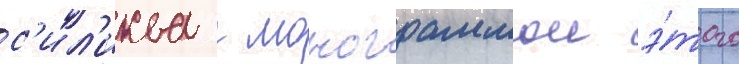
с'ил'иква с монограммои э́того